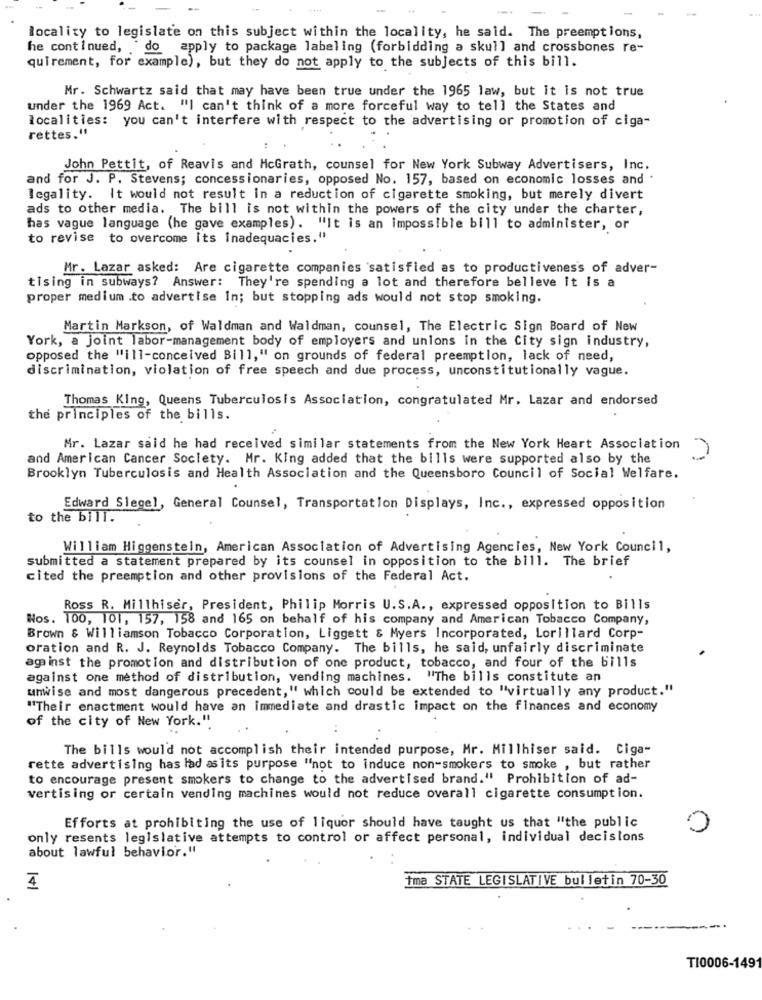
locality to legislate on this subject within the locality, he said. The preemptions,
he continued, do apply to package labeling (forbidding a skull and crossbones re-
quirement, for example), but they do not apply to the subjects of this bill.
Mr. Schwartz said that may have been true under the 1965 law, but it is not true
under the 1969 Act. "I can't think of a more forceful way to tell the States and
localities: you can't interfere with respect to the advertising or promotion of ciga-
rettes."
John Pettit, of Reavis and HcGrath, counsel for New York Subway Advertisers, Inc.
and for J. P. Stevens; concessionaries, opposed No. 157, based on economic losses and .
legality. It would not result in a reduction of cigarette smoking, but merely divert
ads to other media. The bill is not within the powers of the city under the charter,
has vague language (he gave examples). "It is an impossible bill to administer, or
to revise to overcome its inadequacies."
Mr. Lazar asked: Are cigarette companies satisfied as to productiveness of adver-
tising in subways? Answer: They're spending a lot and therefore belleve it is a
proper medium .to advertise In; but stopping ads would not stop smoking.
Martin Markson, of Waldman and Waldman, counsel, The Electric Sign Board of New
York, a joint labor-management body of employers and unions in the City sign industry,
opposed the "ill-conceived Bill," on grounds of federal preemption, lack of need,
discrimination, violation of free speech and due process, unconstitutionally vague.
Thomas King, Queens Tuberculosis Association, congratulated Mr. Lazar and endorsed
the principles of the bills.
Mr. Lazar said he had received similar statements from the New York Heart Association
and American Cancer Society. Mr. King added that the bills were supported also by the
Brooklyn Tuberculosis and Health Association and the Queensboro Council of Social Welfare.
Edward Slegel, General Counsel, Transportation Displays, Inc ., expressed opposition
to the bill.
William Higgenstein, American Association of Advertising Agencies, New York Council,
submitted a statement prepared by its counsel in opposition to the bill. The brief
cited the preemption and other provisions of the Federal Act.
Ross R. Millhiser, President, Philip Morris U.S.A ., expressed opposition to Bills
Nos. 100, 101, 157, 158 and 165 on behalf of his company and American Tobacco Company,
Brown & Williamson Tobacco Corporation, Liggett & Myers Incorporated, Lorillard Corp-
oration and R. J. Reynolds Tobacco Company. The bills, he said, unfairly discriminate
against the promotion and distribution of one product, tobacco, and four of the bills
against one method of distribution, vending machines. "The bills constitute an
unwise and most dangerous precedent," which could be extended to "virtually any product."
"Their enactment would have an immediate and drastic impact on the finances and economy
of the city of New York."
The bills would not accomplish their intended purpose, Mr. Millhiser said. Ciga-
rette advertising has lad asits purpose "not to induce non-smokers to smoke , but rather
to encourage present smokers to change to the advertised brand." Prohibition of ad-
vertising or certain vending machines would not reduce overall cigarette consumption.
Efforts at prohibiting the use of liquor should have taught us that "the public
0
only resents legislative attempts to control or affect personal, individual decisions
about lawful behavior."
tma STATE LEGISLATIVE bulletin 70-30
TI0006-1491